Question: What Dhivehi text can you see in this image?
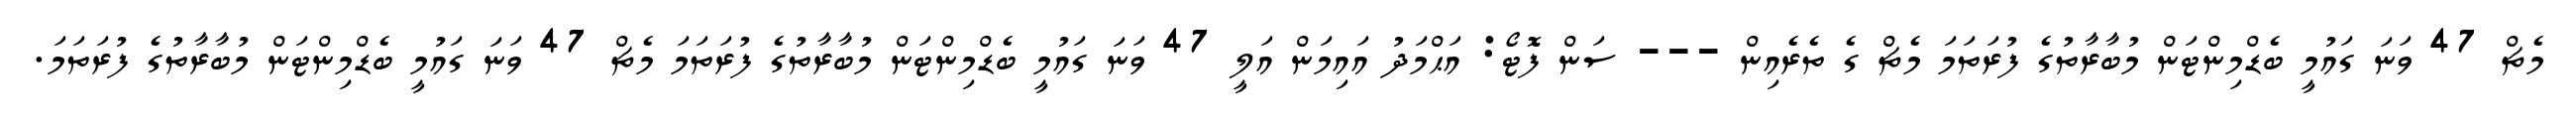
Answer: މެޗް 47 ވަނަ ގައުމީ ބެޑްމިންޓަން މުބާރާތުގެ ފުރަތަމަ މެޗް ގެ ތެރެއިން --- ސަން ފޮޓޯ: އަޙްމަދު އައިމަން އަލީ 47 ވަނަ ގައުމީ ބެޑްމިންޓަން މުބާރާތުގެ ފުރަތަމަ މެޗް 47 ވަނަ ގައުމީ ބެޑްމިންޓަން މުބާރާތުގެ ފުރަތަމަ.